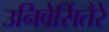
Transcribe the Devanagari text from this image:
उनिवेर्सितैरे